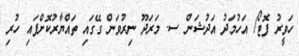
ހަވީރު ފޮޓޯ/ އަހުމަދު އަދުޝަން ސ. މަރަދޫ ނިރުވަން ގޭގައި ތައްޔާރުކޮށްފައި ހުރި